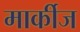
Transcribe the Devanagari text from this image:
मार्कीज